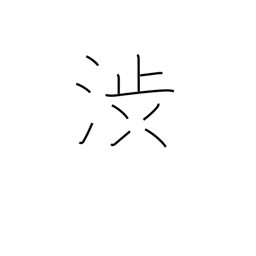
Meaning: hesitate